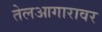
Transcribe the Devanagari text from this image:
तेलआगारावर